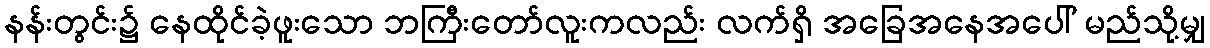
နန်းတွင်း၌ နေထိုင်ခဲ့ဖူးသော ဘကြီးတော်လူးကလည်း လက်ရှိ အခြေအနေအပေါ် မည်သို့မျှ